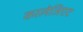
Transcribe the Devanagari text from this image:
कालेजिएट